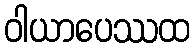
ဝါယာပေဿထ